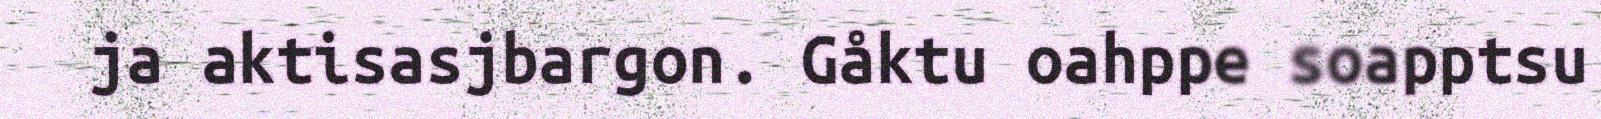
ja aktisasjbargon. Gåktu oahppe soapptsu